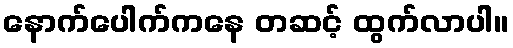
နောက်ပေါက်ကနေ တဆင့် ထွက်လာပါ။